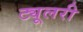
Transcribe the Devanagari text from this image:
ट्यूलरी